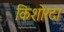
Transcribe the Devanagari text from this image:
किशोरदा